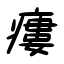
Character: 瘻